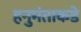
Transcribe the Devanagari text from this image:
हनुमंताकडे